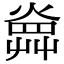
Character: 𤍚